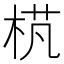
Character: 𣒾